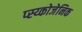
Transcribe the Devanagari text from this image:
प्स्य्कोजेनिक